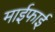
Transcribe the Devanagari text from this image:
माईफाई